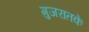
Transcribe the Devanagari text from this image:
गुजरातके